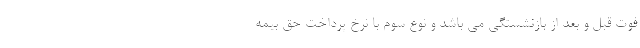
فوت قبل و بعد از بازنشستگی می باشد و نوع سوم با نرخ پرداخت حق بیمه